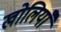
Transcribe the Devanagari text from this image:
खोलियाँ